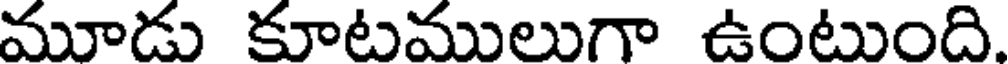
మూడు కూటములుగా ఉంటుంది.